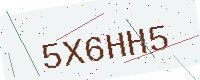
Text: 5X6HH5